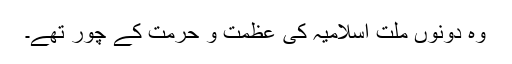
وہ دونوں ملت اسلامیہ کی عظمت و حرمت کے چور تھے۔